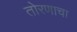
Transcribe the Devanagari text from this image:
तोरणाचा